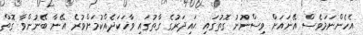
އެހެންނަމަވެސް އޭނައަށް ވިސްނުނު ގޮތުގައި ޙައިދަރުގެ ގާތުގައި ވާހަކަދެއްކުމަށްވުރެ އޭނާ ބޭނުންވާ ގޮތް